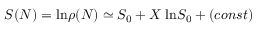
S ( N ) = \mathrm { l n } \rho ( N ) \simeq S _ { 0 } + X \; \mathrm { l n } S _ { 0 } + ( c o n s t )